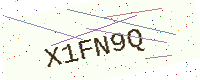
Text: X1FN9Q